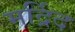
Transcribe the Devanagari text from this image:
मर्द्रिद